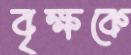
বৃক্ষকে